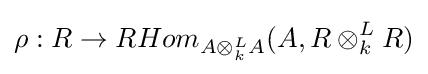
\rho :R\to RHom_{A\otimes _{k}^{L}A}(A,R\otimes _{k}^{L}R)